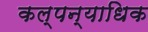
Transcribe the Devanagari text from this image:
कल्पन्याधिक